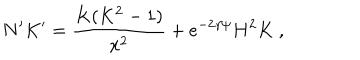
N ^ { \prime } K ^ { \prime } = \frac { K ( K ^ { 2 } - 1 ) } { x ^ { 2 } } + e ^ { - 2 \gamma \psi } H ^ { 2 } K \ ,